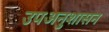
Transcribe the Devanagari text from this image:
उपअनुशासन